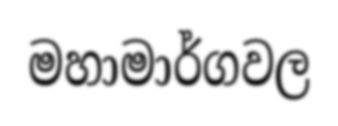
මහාමාර්ගවල